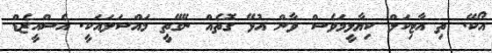
އޯކޭ. ތި އާޓިކަލް ކިޔާލީމަވެސް ވާން އުޅޭ ގޮތެއް ނޭގޭތީ މައްސަލައަކީ. އެސްއީޒެޑް